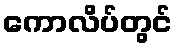
ကောလိပ်တွင်